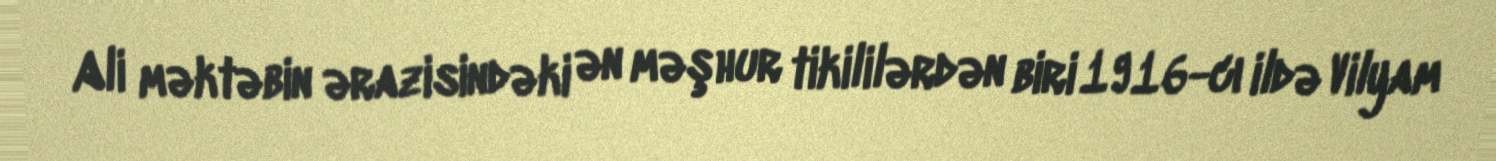
Ali məktəbin ərazisindəki ən məşhur tikililərdən biri 1916-cı ildə Vilyam